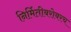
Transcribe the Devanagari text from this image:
निर्मितीबरोबरच